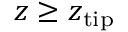
z \geq z _ { \mathrm { t i p } }